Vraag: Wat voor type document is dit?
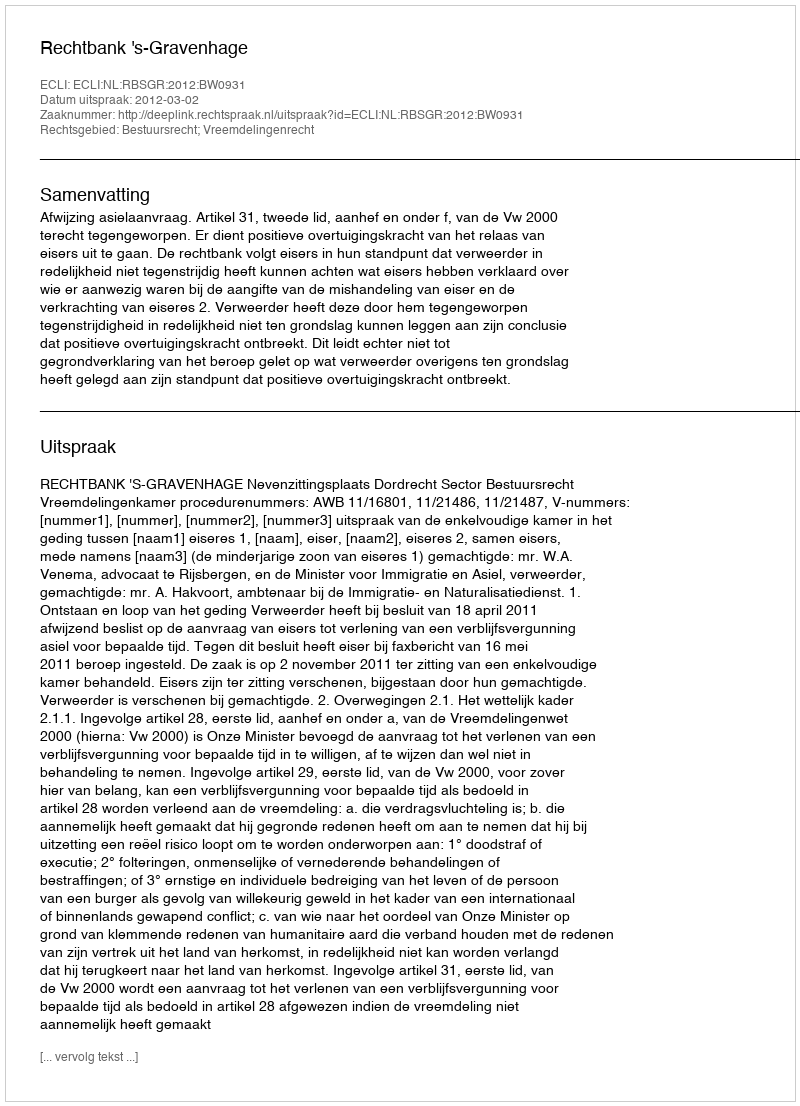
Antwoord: Uitspraak